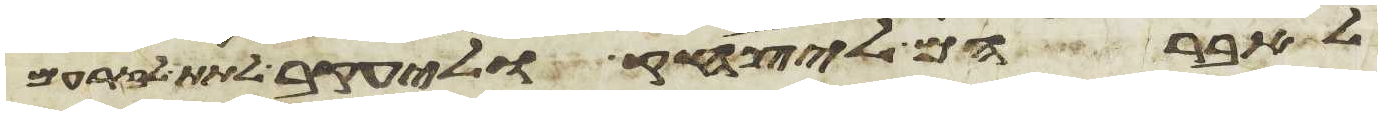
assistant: לאברהם ליצחק וליעקב לתת לזרעם